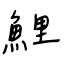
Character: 鯉